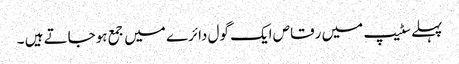
پہلے سٹیپ میں رقاص ایک گول دائرے میں جمع ہوجاتے ہیں ۔